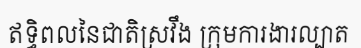
ឥទ្ធិពលនៃជាតិស្រវឹង ក្រុមការងារល្បាត